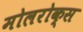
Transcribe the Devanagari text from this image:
मोलरोक्स